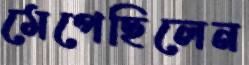
মেপেছিলেন